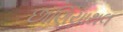
છાણિયાથલ